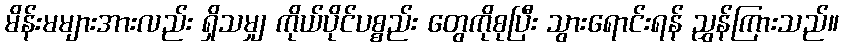
မိန်းမများအားလည်း ရှိသမျှ ကိုယ်ပိုင်ပစ္စည်း တွေကိုစုပြီး သွားရောင်းရန် ညွှန်ကြားသည်။